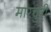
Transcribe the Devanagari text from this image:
मारचुरी